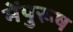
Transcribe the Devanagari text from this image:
मेंपुरूष